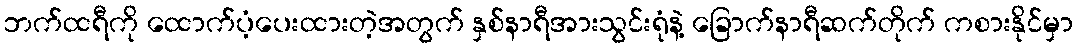
ဘက်ထရီကို ထောက်ပံ့ပေးထားတဲ့အတွက် နှစ်နာရီအားသွင်းရုံနဲ့ ခြောက်နာရီဆက်တိုက် ကစားနိုင်မှာ